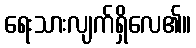
ရေးသားလျက်ရှိလေ၏။